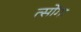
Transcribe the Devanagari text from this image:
त्सोंगा